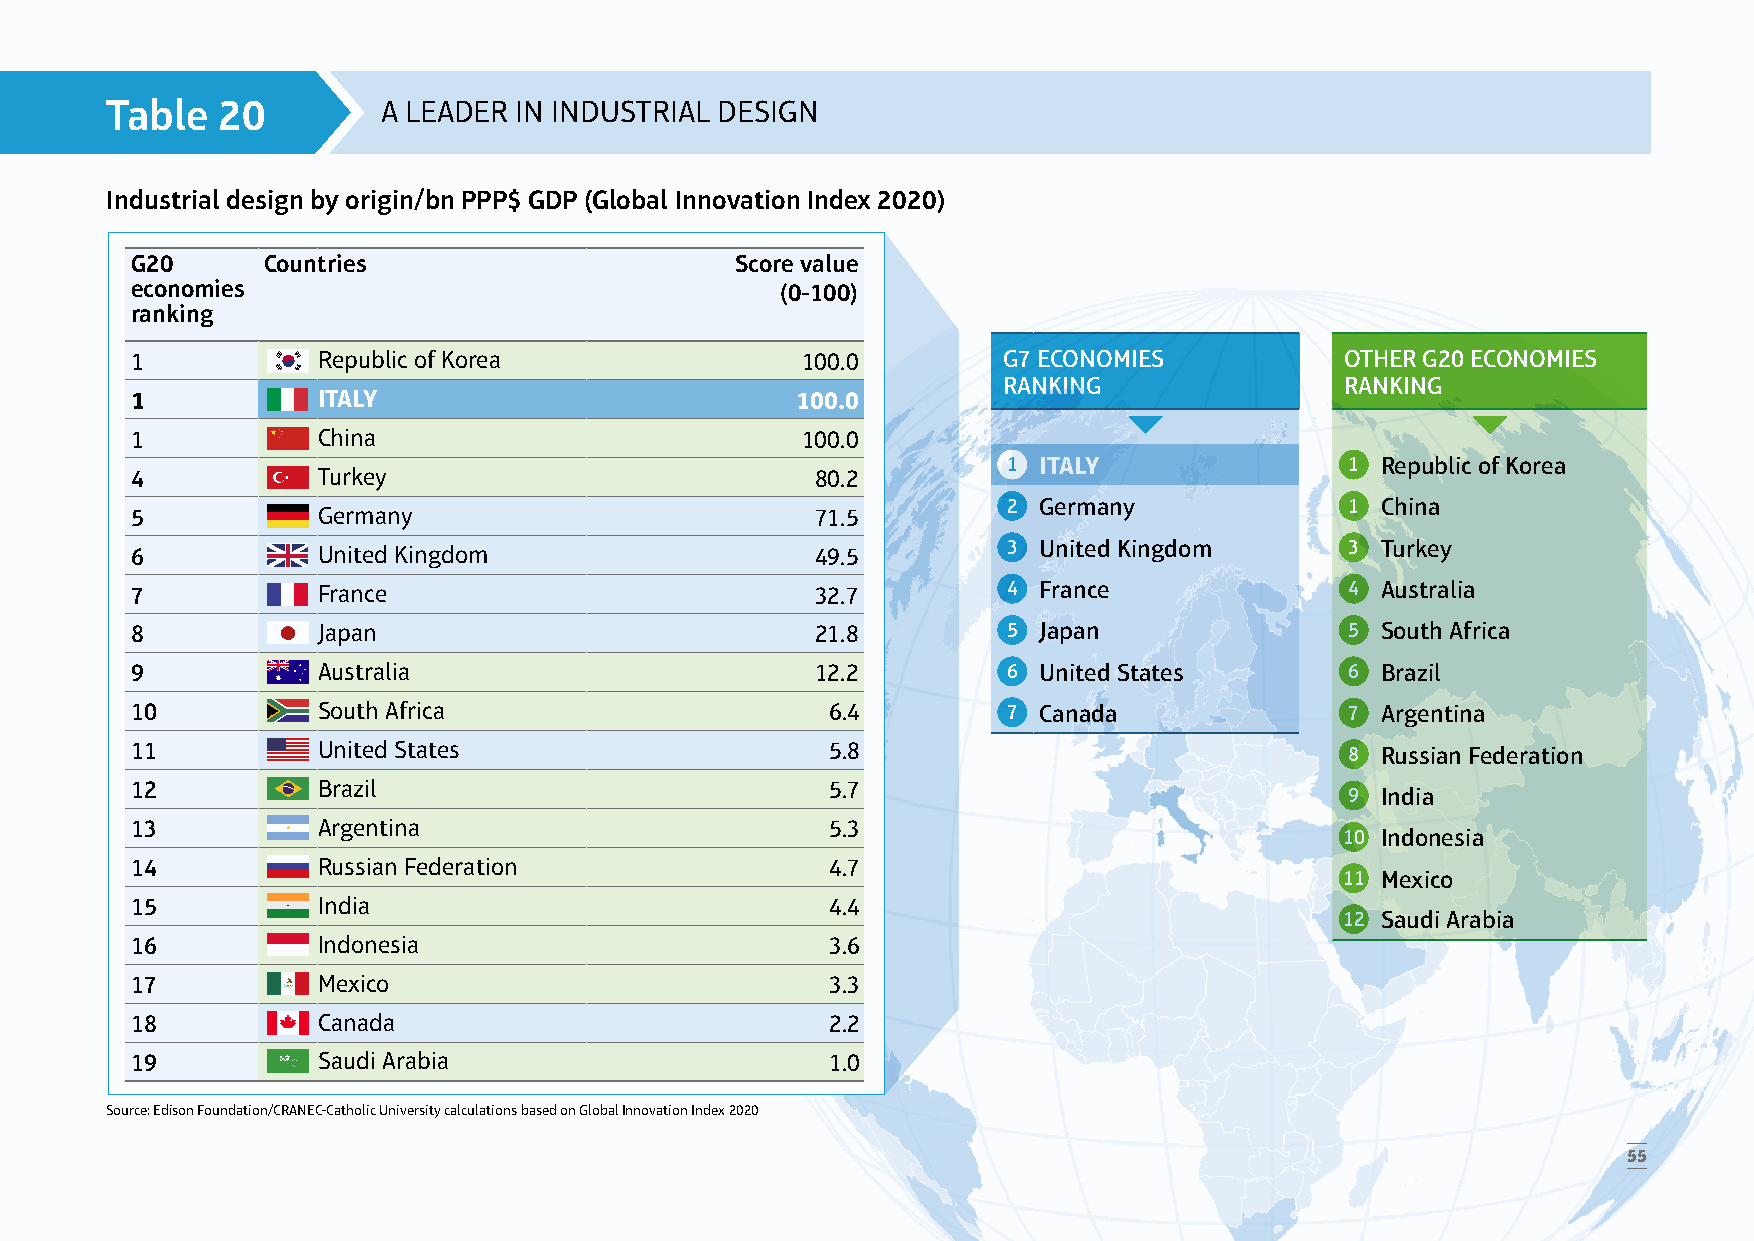
Table  20         A LEADER IN INDUSTRIAL DESIGN
 Industrial design by origin/bn PPP$ GDP (Global Innovation Index 2020)
 G20     Countries                       Score value
 economies                                  (0-100)
 ranking
 1           Republic of Korea               100.0        G7 ECONOMIES           OTHER G20 ECONOMIES
 RANKING                RANKING
 1           ITALY                           100.0
 1           China                           100.0
 1 ITALY               1 Republic of Korea
 4           Turkey                           80.2
 2 Germany             1 China
 5           Germany                          71.5
 6           United Kingdom                   49.5         3 United Kingdom      3 Turkey
 7           France                           32.7         4 France              4 Australia
 8           Japan                            21.8         5 Japan               5 South Africa
 9           Australia                        12.2         6 United States       6 Brazil
 10          South Africa                      6.4         7 Canada              7 Argentina
 11          United States                     5.8                               8 Russian Federation
 12          Brazil                            5.7
 9 India
 13          Argentina                         5.3
 10 Indonesia
 14          Russian Federation                4.7
 11 Mexico
 15          India                             4.4
 12 Saudi Arabia
 16          Indonesia                         3.6
 17          Mexico                            3.3
 18          Canada                            2.2
 19          Saudi Arabia                      1.0
 Source: Edison Foundation/CRANEC-Catholic University calculations based on Global Innovation Index 2020
 55